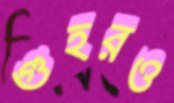
গুহরও